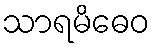
သာရမိဓေဝ